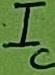
Text: IC